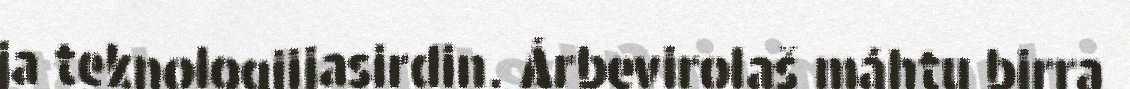
ja teknologiijasirdin. Árbevirolaš máhtu birra